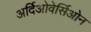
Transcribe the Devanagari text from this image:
अर्दिओवेर्सिओन